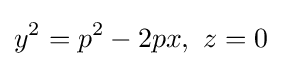
y^{2}=p^{2}-2px,\ z=0\